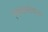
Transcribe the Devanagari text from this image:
निषेधबोधक